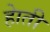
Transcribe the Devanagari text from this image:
हाेती